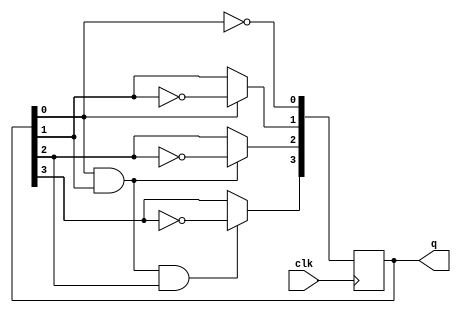
module sync_counter(clk,q);
        input clk;
        output [3:0] q;
        reg [3:0] q;

        initial
                q = 4'b0000;

        always @(posedge clk)
        begin
                q[0] <= ~q[0];
                if(q[0])
                        q[1] <= ~q[1];
                if(q[0]&q[1])
                        q[2] <= ~q[2];
                if(q[0]&q[1]&q[2])
                        q[3] <= ~q[3]; 
        end
endmodule

module tb_sync_counter;
        reg clk;
        wire [3:0] q;

        sync_counter sc(clk,q);

        initial
        begin
                clk = 0;
                // #20 $finish;
        end

        always
                #1 clk = ~clk;

        always @ (posedge clk)
        begin
                $display($time," %d",q);
                if(q == 15)
                        #1 $finish;
        end

endmodule